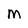
Character: M